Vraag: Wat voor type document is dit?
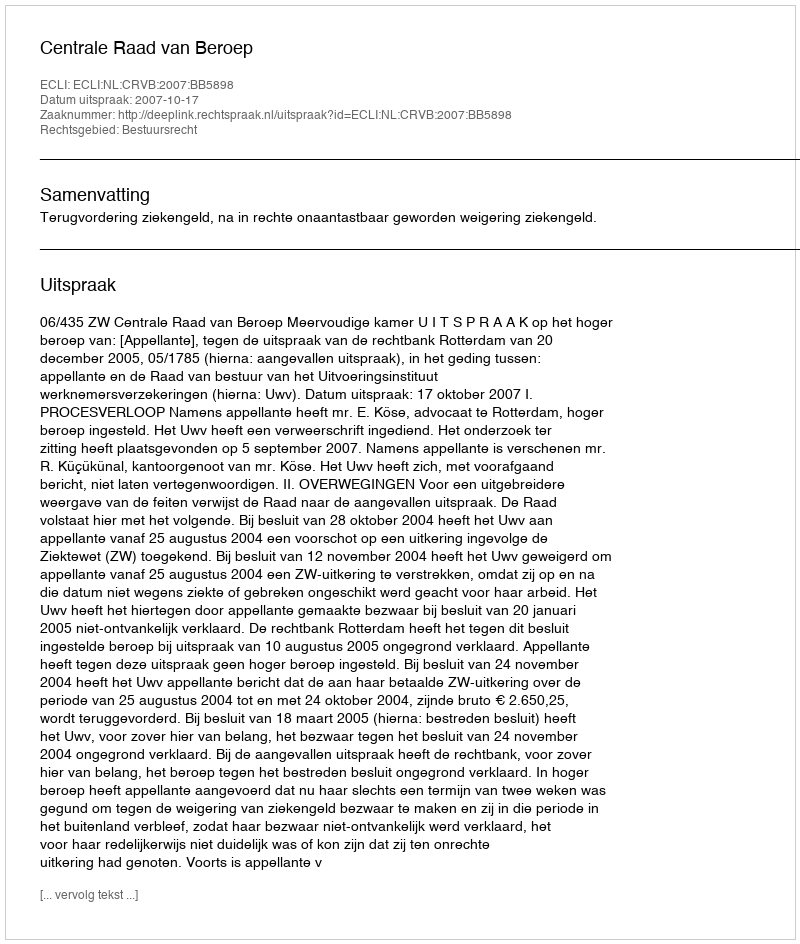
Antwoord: Uitspraak